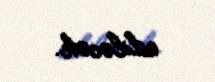
ediləcək.